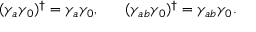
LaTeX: ( \gamma _ { a } \gamma _ { 0 } ) ^ { \dagger } = \gamma _ { a } \gamma _ { 0 } , \ \ \ \ \ ( \gamma _ { a b } \gamma _ { 0 } ) ^ { \dagger } = \gamma _ { a b } \gamma _ { 0 } .